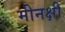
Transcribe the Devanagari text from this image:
मीनक्षी